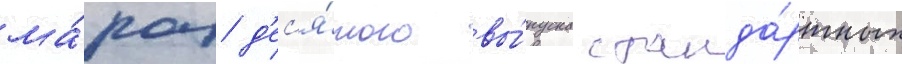
ма́рок д'ес'я́того вы́пуска станда́ртных